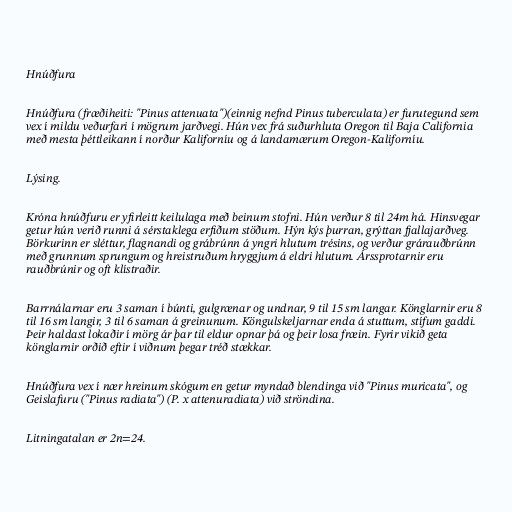
Hnúðfura

Hnúðfura (fræðiheiti: "Pinus attenuata")(einnig nefnd Pinus tuberculata) er furutegund sem
vex í mildu veðurfari í mögrum jarðvegi. Hún vex frá suðurhluta Oregon til Baja California
með mesta þéttleikann í norður Kaliforníu og á landamærum Oregon-Kaliforníu.

Lýsing.

Króna hnúðfuru er yfirleitt keilulaga með beinum stofni. Hún verður 8 til 24m há. Hinsvegar
getur hún verið runni á sérstaklega erfiðum stöðum. Hýn kýs þurran, grýttan fjallajarðveg.
Börkurinn er sléttur, flagnandi og grábrúnn á yngri hlutum trésins, og verður grárauðbrúnn
með grunnum sprungum og hreistruðum hryggjum á eldri hlutum. Árssprotarnir eru
rauðbrúnir og oft klístraðir.

Barrnálarnar eru 3 saman í búnti, gulgrænar og undnar, 9 til 15 sm langar. Könglarnir eru 8
til 16 sm langir, 3 til 6 saman á greinunum. Köngulskeljarnar enda á stuttum, stífum gaddi.
Þeir haldast lokaðir í mörg ár þar til eldur opnar þá og þeir losa fræin. Fyrir vikið geta
könglarnir orðið eftir í viðnum þegar tréð stækkar.

Hnúðfura vex í nær hreinum skógum en getur myndað blendinga við "Pinus muricata", og
Geislafuru ("Pinus radiata") (P. x attenuradiata) við ströndina.

Litningatalan er 2n=24.